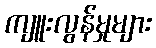
ကျူးလွန်မှုများ